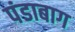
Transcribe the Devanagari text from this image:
पंडाबाग